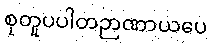
စုတူပပါတဉာဏာယပေ